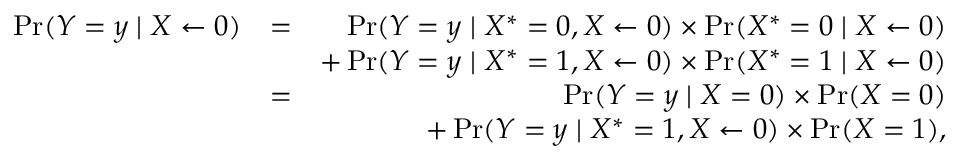
\begin{array} { r l r } { \operatorname* { P r } ( Y = y \mid X \leftarrow 0 ) } & { = } & { \operatorname* { P r } ( Y = y \mid X ^ { * } = 0 , X \leftarrow 0 ) \times \operatorname* { P r } ( X ^ { * } = 0 \mid X \leftarrow 0 ) } \\ & { } & { + \operatorname* { P r } ( Y = y \mid X ^ { * } = 1 , X \leftarrow 0 ) \times \operatorname* { P r } ( X ^ { * } = 1 \mid X \leftarrow 0 ) } \\ & { = } & { \operatorname* { P r } ( Y = y \mid X = 0 ) \times \operatorname* { P r } ( X = 0 ) } \\ & { } & { + \operatorname* { P r } ( Y = y \mid X ^ { * } = 1 , X \leftarrow 0 ) \times \operatorname* { P r } ( X = 1 ) , } \end{array}